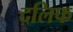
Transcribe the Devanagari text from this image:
दलिफ